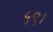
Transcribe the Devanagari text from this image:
५९।